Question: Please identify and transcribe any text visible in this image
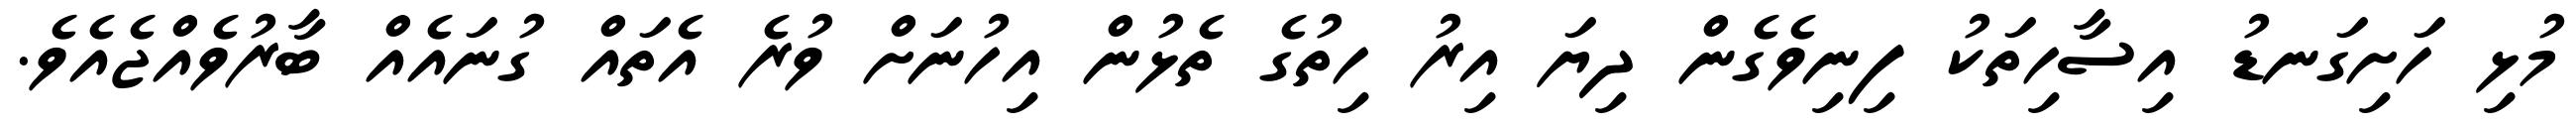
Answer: މުޅި ހަށިގަނޑު އިސާހިތަކު ފިނިވެގެން ދިޔަ އިރު ހިތުގެ ތެޅުން އިހުނަށް ވުރެ އެތައް ގުނައެއް ބާރުވެއްޖެއެވެ.